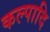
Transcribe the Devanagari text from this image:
कल्पादि